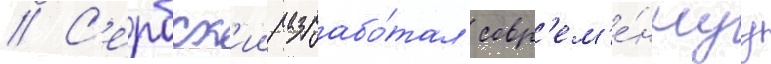
// С'ербск'ии разрабо́тал совр'ем'е́ннуу